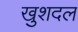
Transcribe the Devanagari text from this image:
खुशदल